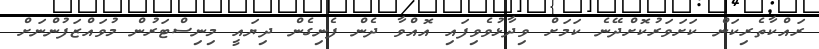
ރައްކާތެރިކަން ކަށަވަރުކޮށްދޭނެ ކަމަށް ވިދާޅުވެވިފައި އޮއްވާ ދެން ފެނިގެން ދިޔައީ މިނިސްޓަރުން މުވައްޒަފުންނަށް